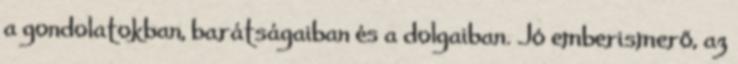
a gondolatokban, barátságaiban és a dolgaiban. Jó emberismerő, az